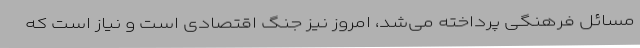
مسائل فرهنگی پرداخته می‌شد، امروز نیز جنگ اقتصادی است و نیاز است که